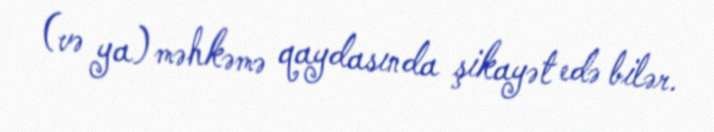
(və ya) məhkəmə qaydasında şikayət edə bilər.